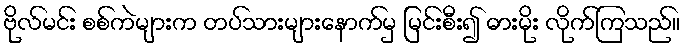
ဗိုလ်မင်း စစ်ကဲများက တပ်သားများနောက်မှ မြင်းစီး၍ ဓားမိုး လိုက်ကြသည်။